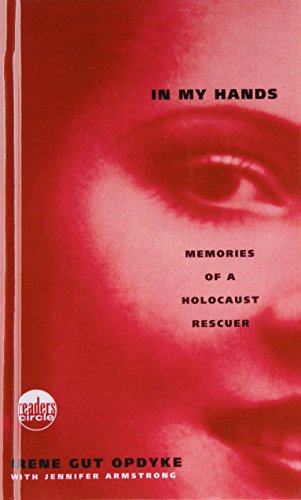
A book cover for In My Hands: Memories of a Holocaust Rescuer; Irene Gut Opdyke; Children's Books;